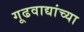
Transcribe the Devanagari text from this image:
गूढवाद्यांच्या